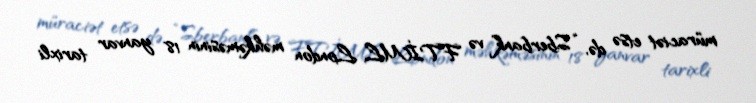
müraciət etsə də, “Sberbank” və FTİML London məhkəməsinin 18 yanvar tarixli